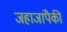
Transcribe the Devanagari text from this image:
जहाजांपैकी